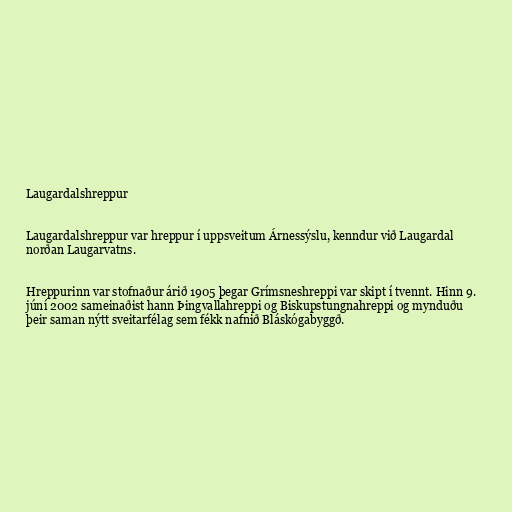
Laugardalshreppur

Laugardalshreppur var hreppur í uppsveitum Árnessýslu, kenndur við Laugardal
norðan Laugarvatns.

Hreppurinn var stofnaður árið 1905 þegar Grímsneshreppi var skipt í tvennt. Hinn 9.
júní 2002 sameinaðist hann Þingvallahreppi og Biskupstungnahreppi og mynduðu
þeir saman nýtt sveitarfélag sem fékk nafnið Bláskógabyggð.